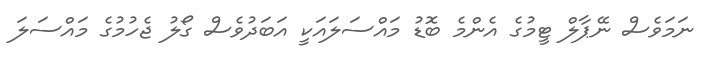
ނަމަވެސް ނޭޕާލް ޓީމުގެ އެންމެ ބޮޑު މައްސަލައަކީ އަބަދުވެސް ގޯލު ޖެހުމުގެ މައްސަލަ